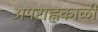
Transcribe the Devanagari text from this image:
अपराह्नकाळीं